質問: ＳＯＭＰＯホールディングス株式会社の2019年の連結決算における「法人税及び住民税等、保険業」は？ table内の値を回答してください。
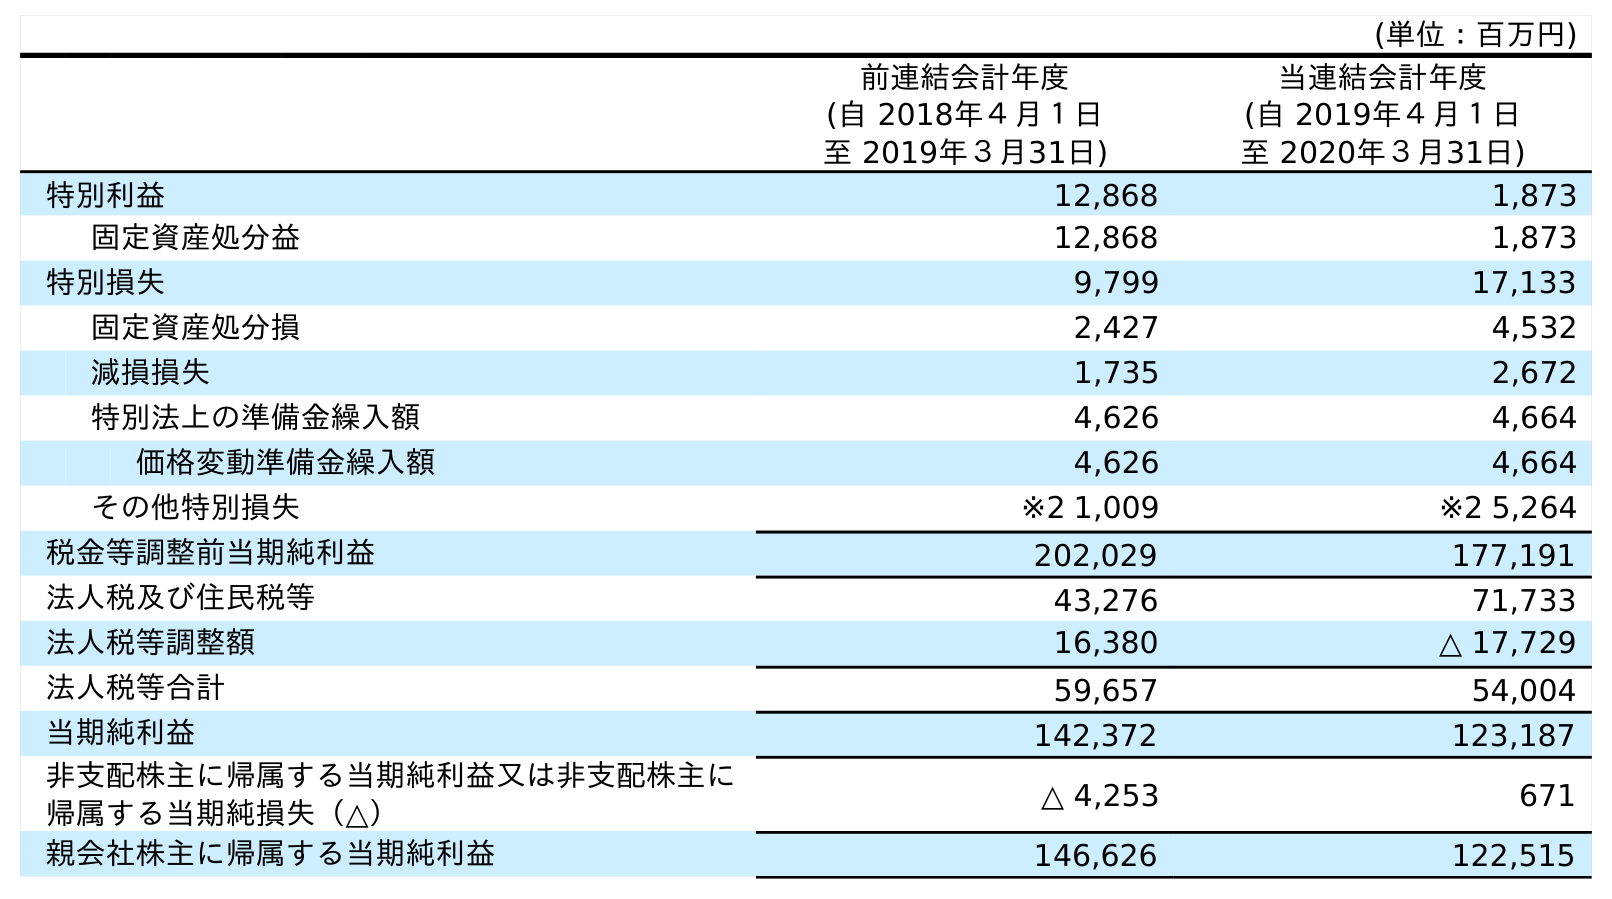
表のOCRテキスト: (単位：百万円) 前連結会計年度 (自 2018年４月１日 至 2019年３月31日) 当連結会計年度 (自 2019年４月１日 至 2020年３月31日) 特別利益 12,868 1,873 固定資産処分益 12,868 1,873 特別損失 9,799 17,133 固定資産処分損 2,427 4,532 減損損失 1,735 2,672 特別法上の準備金繰入額 4,626 4,664 価格変動準備金繰入額 4,626 4,664 その他特別損失 ※2 1,009 ※2 5,264 税金等調整前当期純利益 202,029 177,191 法人税及び住民税等 43,276 71,733 法人税等調整額 16,380 △ 17,729 法人税等合計 59,657 54,004 当期純利益 142,372 123,187 非支配株主に帰属する当期純利益又は非支配株主に 帰属する当期純損失（△） △ 4,253 671 親会社株主に帰属する当期純利益 146,626 122,515
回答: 43,276